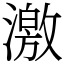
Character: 激